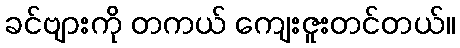
ခင်ဗျားကို တကယ် ကျေးဇူးတင်တယ်။